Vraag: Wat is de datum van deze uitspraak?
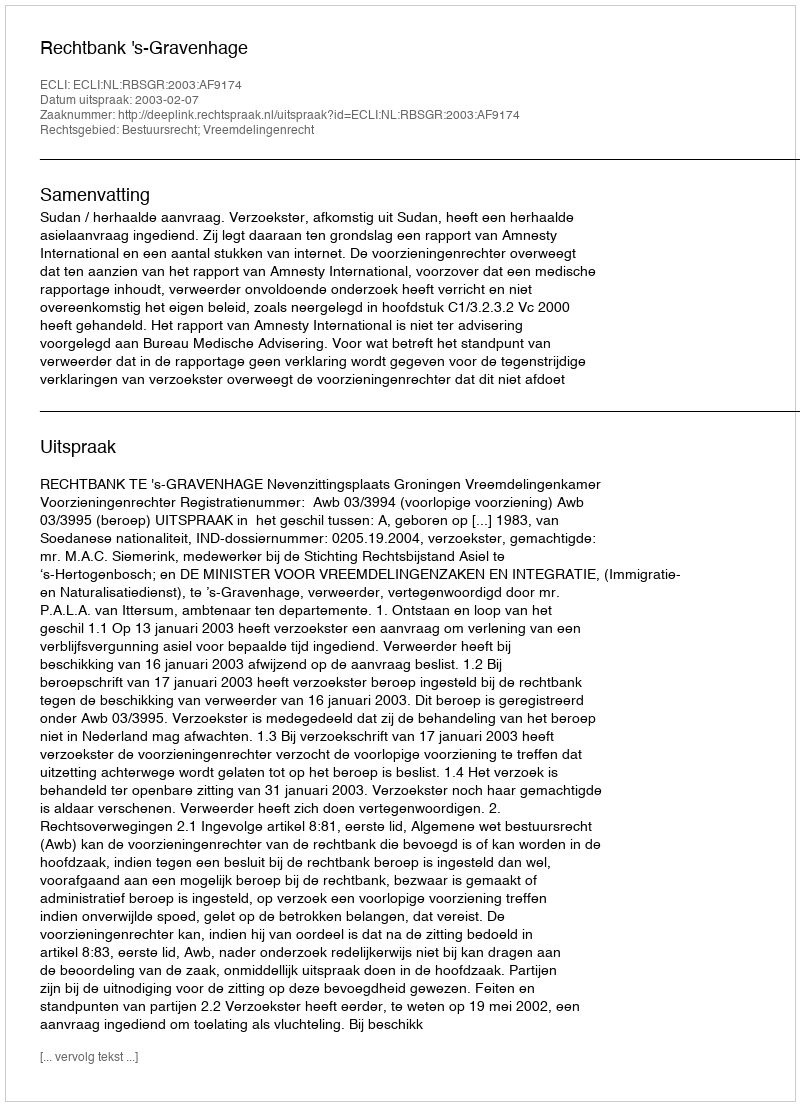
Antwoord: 2003-02-07